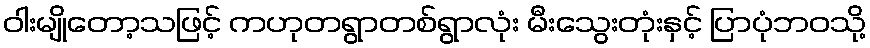
ဝါးမျိုတော့သဖြင့် ကဟုတရွာတစ်ရွာလုံး မီးသွေးတုံးနှင့် ပြာပုံဘဝသို့